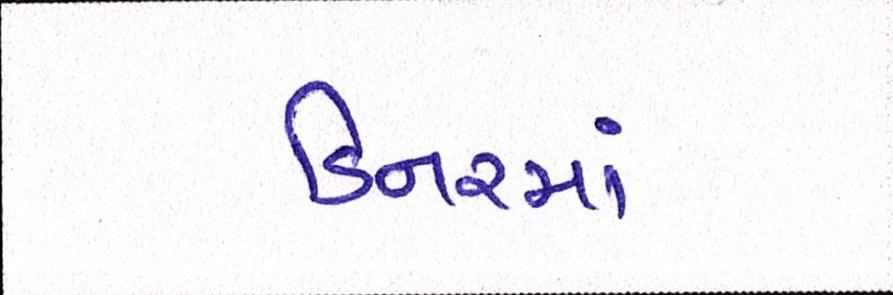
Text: ડિનરમાં